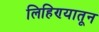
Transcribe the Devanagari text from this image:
लिहिण्यातून